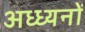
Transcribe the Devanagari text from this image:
अध्ध्यनों